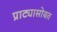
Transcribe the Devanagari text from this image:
प्राट्यासोबत